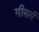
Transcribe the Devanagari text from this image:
गीसर्स